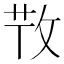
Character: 𢼘